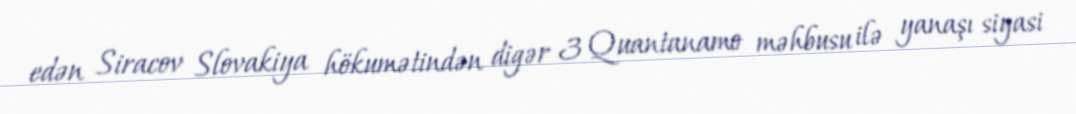
edən Siracov Slovakiya hökumətindən digər 3 Quantanamo məhbusu ilə yanaşı siyasi